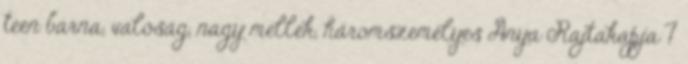
teen barna, valóság, nagy mellek, háromszemélyes Anya Rajtakapja 7